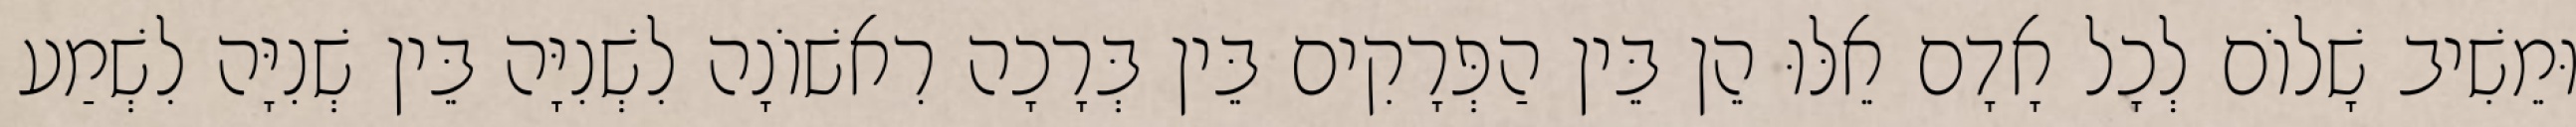
וּמֵשִׁיב שָׁלוֹם לְכָל אָדָם אֵלּוּ הֵן בֵּין הַפְּרָקִים בֵּין בְּרָכָה רִאשׁוֹנָה לִשְׁנִיָּה בֵּין שְׁנִיָּה לִשְׁמַע